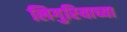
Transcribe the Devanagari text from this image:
लिगुरियाच्या